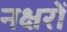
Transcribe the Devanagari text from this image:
नक्षरों